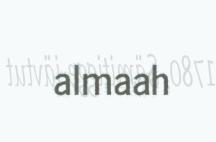
almaah